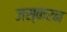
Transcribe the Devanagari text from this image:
जस्करन